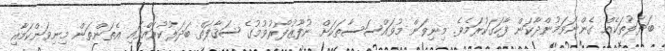
ބަދަލުތަކެއް ގެންނަވަމުންދާކަން ފާހަގަކުރަމެވެ. މިނިވަން މުވައްސަސާތަކަށް ނުފޫޒުފޯރުވުމުގެ ސަޤާފަތް ބަދަލުކުރައްވައި އެތަންތަން މިނިވަންކަމާއި